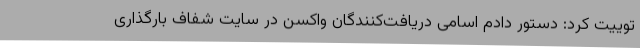
توییت کرد: دستور دادم اسامی دریافت‌کنندگان واکسن در سایت شفاف بارگذاری